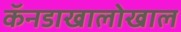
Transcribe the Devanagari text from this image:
कॅनडाखालोखाल